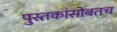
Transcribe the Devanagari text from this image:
पुस्तकांसोबतच